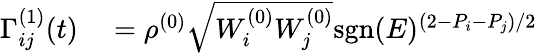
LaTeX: \begin{array}{rl}{\Gamma_{ij}^{(1)}(t)}&{{}=\rho^{(0)}\sqrt{W_{i}^{(0)}W_{j}^{(0)}}\mathrm{sgn}(E)^{(2-P_{i}-P_{j})/2}}\end{array}